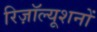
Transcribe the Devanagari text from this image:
रिज़ॉल्यूशनों